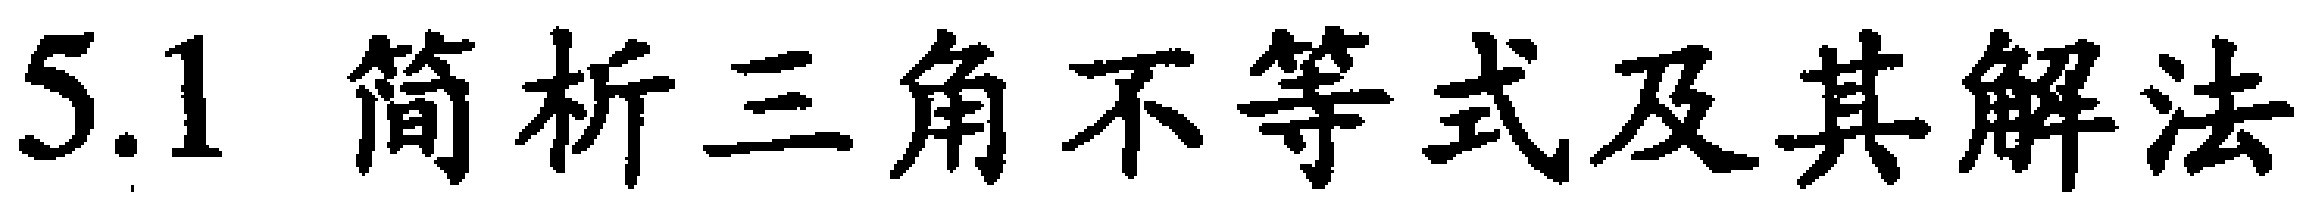
5.1 简析三角不等式及其解法